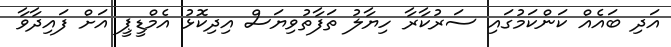
އަދި ބައެއް ކަންކަމުގައި ސަރުކާރާ ހިޔާލު ތަފާތުވިޔަސް އިދިކޮޅު އެމްޑީޕީ އަށް ފައިދާވާ